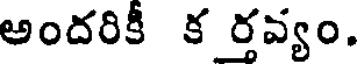
అందరికీ క ర్తవ్యం.